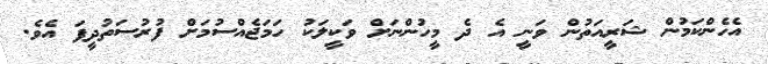
އެހެންކަމުން ޝަރީއަތުން ވަނީ އެ ދެ މީހުންނަށް ވަކީލަކު ހަމަޖެއްސުމަށް ފުރުސަތުދީފަ އެވެ.